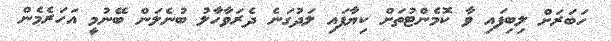
ހަބަރަށް ލިބިފައި ވާ ކޮމެންޓުތަށް ކިޔާފައި ލަދުގަނެ ދެރަވާހާލު ބުނެލަން ބޭނުމީ އަހަރެމެން